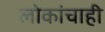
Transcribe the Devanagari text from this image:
लोकांचाही